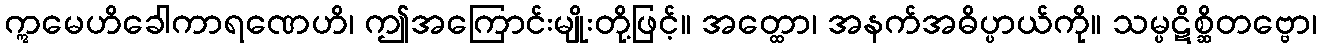
ဣမေဟိခေါကာရဏေဟိ၊ ဤအကြောင်းမျိုးတို့ဖြင့်။ အတ္ထော၊ အနက်အဓိပ္ပာယ်ကို။ သမ္ပဋိစ္ဆိတဗ္ဗော၊